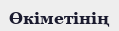
Өкіметінің